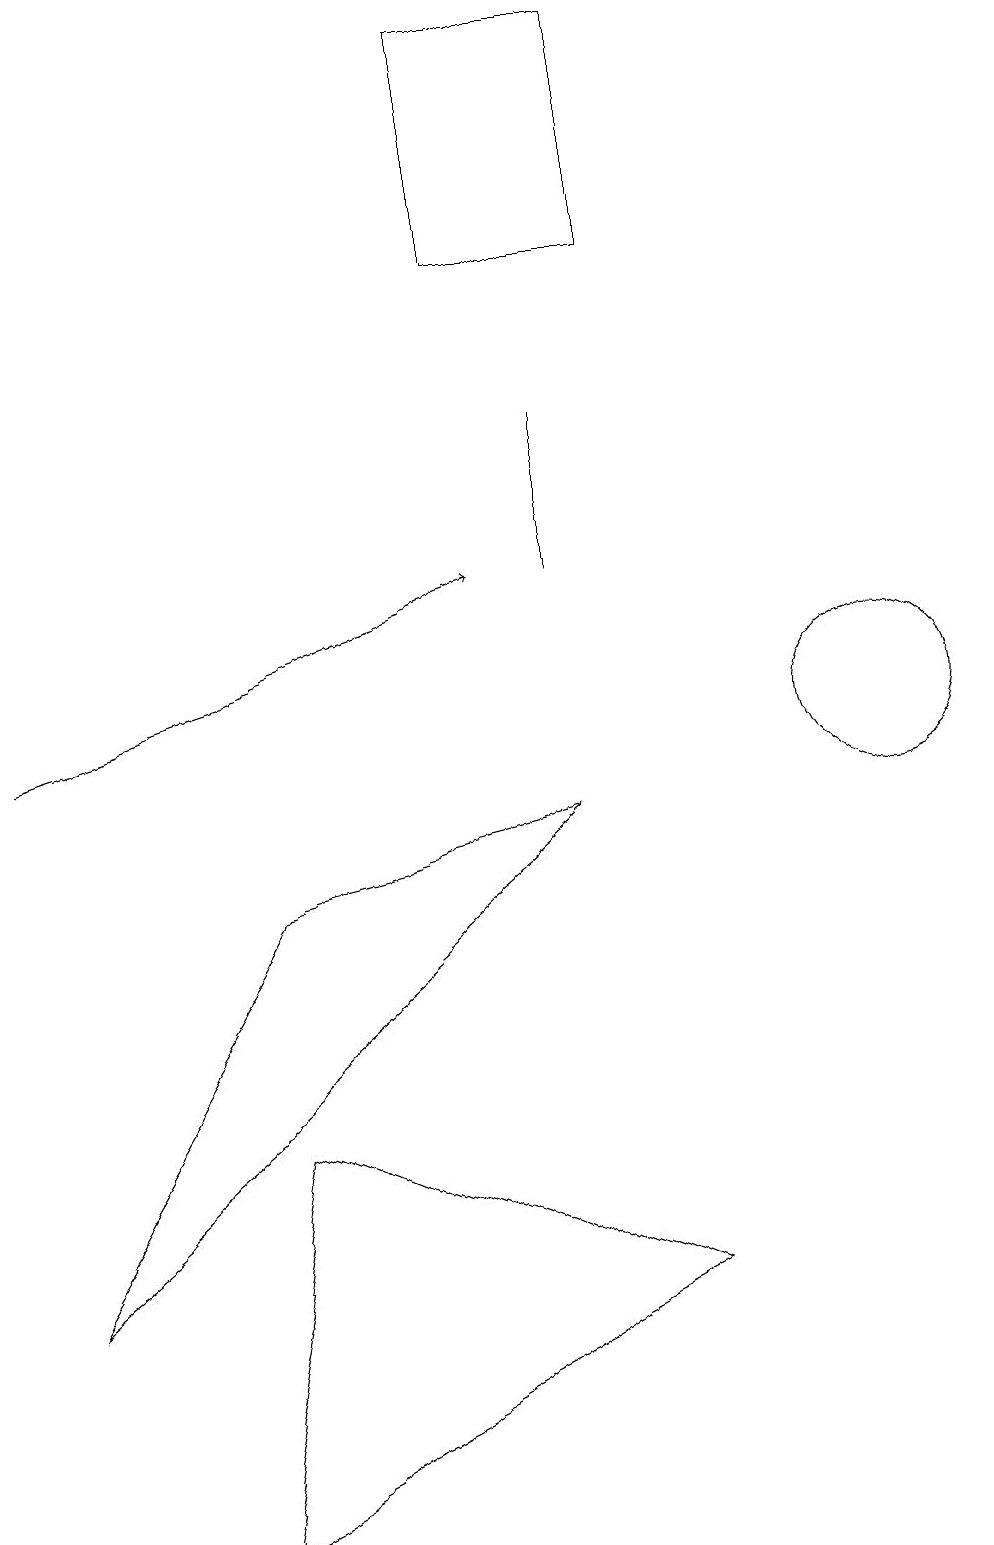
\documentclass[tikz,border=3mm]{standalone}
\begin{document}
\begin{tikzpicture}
\draw (8,3) -- (2,0) -- (3,5) -- cycle;
\draw (7,9) -- (3,8) -- (0,3) -- cycle;
\draw[->] (0,10) -- (6,12);
\draw (7,12) rectangle (7,14);
\draw (11,10) circle (1);
\draw (8,19) rectangle (6,16);
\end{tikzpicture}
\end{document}